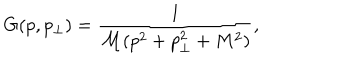
G ( p , p _ { \perp } ) = \frac { 1 } { \mathcal { M } ( p ^ { 2 } + p _ { \perp } ^ { 2 } + M ^ { 2 } ) } ,